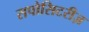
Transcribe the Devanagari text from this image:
सपोसिटरीज़